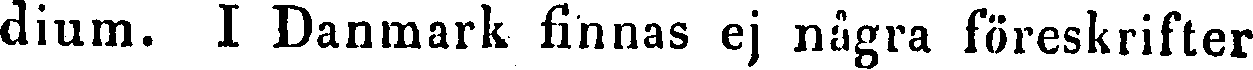
dium. I Danmark finnas ej några föreskrifter